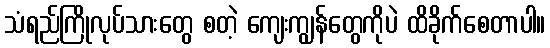
သံရည်ကြိုလုပ်သားတွေ စတဲ့ ကျေးကျွန်တွေကိုပဲ ထိခိုက်စေတာပါ။